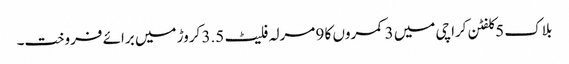
بلاک 5 کلفٹن کراچی میں 3 کمروں کا 9 مرلہ فلیٹ 3.5 کروڑ میں برائے فروخت۔